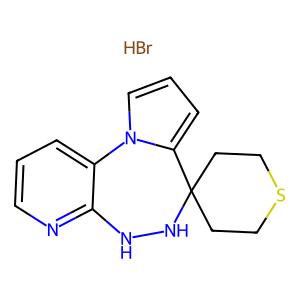
SMILES: Br.c1cnc2c(c1)-n1cccc1C1(CCSCC1)NN2
Inhibits HIV replication: No